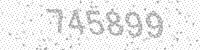
Solution: 745899